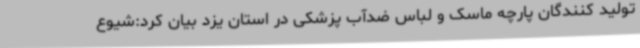
تولید کنندگان پارچه ماسک و لباس ضدآب پزشکی در استان یزد بیان کرد:شیوع